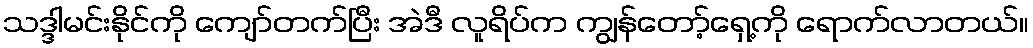
သဒ္ဒါမင်းနိုင်ကို ကျော်တက်ပြီး အဲဒီ လူရိပ်က ကျွန်တော့်ရှေ့ကို ရောက်လာတယ်။